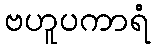
ဗဟူပကာရံ